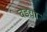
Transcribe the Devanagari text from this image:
वडया